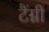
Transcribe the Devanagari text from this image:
टैंग्नी